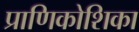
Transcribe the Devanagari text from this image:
प्राणिकोशिका